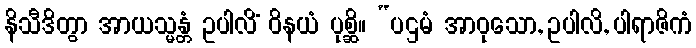
နိသီဒိတွာ အာယသ္မန္တံ ဥပါလိံ ဝိနယံ ပုစ္ဆိ။ “ပဌမံ အာဝုသော, ဥပါလိ, ပါရာဇိကံ